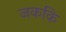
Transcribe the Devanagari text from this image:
जककि